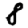
Digit: 8